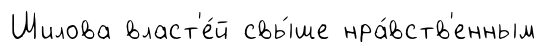
Шилова власт'е́й свы́ше нра́вств'енным